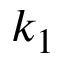
k _ { 1 }